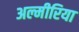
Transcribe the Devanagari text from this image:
अल्मीरिया